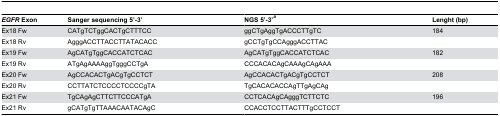
<table><thead><tr><td><b><i>EGFR</i> Exon</b></td><td><b>Sanger sequencing 5’-3’</b></td><td><b>NGS 5’-3’<sup><i>a</i></sup></b></td><td><b>Lenght (bp)</b></td></tr></thead><tbody><tr><td>Ex18 Fw</td><td>CATgTCTggCACTgCTTTCC</td><td>ggCTgAggTgACCCTTgTC</td><td>184</td></tr><tr><td>Ex18 Rv</td><td>AgggACCTTACCTTATACACC</td><td>gCCTgTgCCAgggACCTTAC</td><td></td></tr><tr><td>Ex19 Fw</td><td>AgCATgTggCACCATCTCAC</td><td>AgCATgTggCACCATCTCAC</td><td>182</td></tr><tr><td>Ex19 Rv</td><td>ATgAgAAAAggTgggCCTgA</td><td>CCCACACAgCAAAgCAgAAA</td><td></td></tr><tr><td>Ex20 Fw</td><td>AgCCACACTgACgTgCCTCT</td><td>AgCCACACTgACgTgCCTCT</td><td>208</td></tr><tr><td>Ex20 Rv</td><td>CCTTATCTCCCCTCCCCgTA</td><td>TgCACACACCAgTTgAgCAg</td><td></td></tr><tr><td>Ex21 Fw</td><td>TgCAgAgCTTCTTCCCATgA</td><td>CCTCACAgCAgggTCTTCTC</td><td>196</td></tr><tr><td>Ex21 Rv</td><td>gCATgTgTTAAACAATACAgC</td><td>CCACCTCCTTACTTTgCCTCCT</td><td></td></tr></tbody></table>